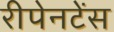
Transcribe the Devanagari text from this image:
रीपेनटेंस